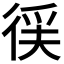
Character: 𭛳